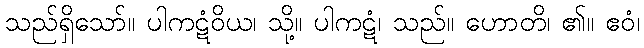
သည်ရှိသော်။ ပါကဋံဝိယ၊ သို့။ ပါကဋံ၊ သည်။ ဟောတိ၊ ၏။ ဧဝံ၊